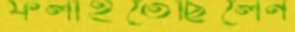
ফলাইতেছিলেন